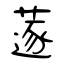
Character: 蓫